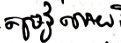
តម្រូវអោយ